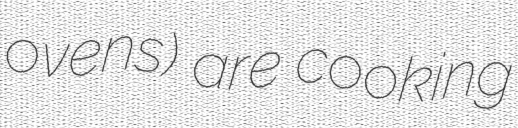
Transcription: ovens) are cooking